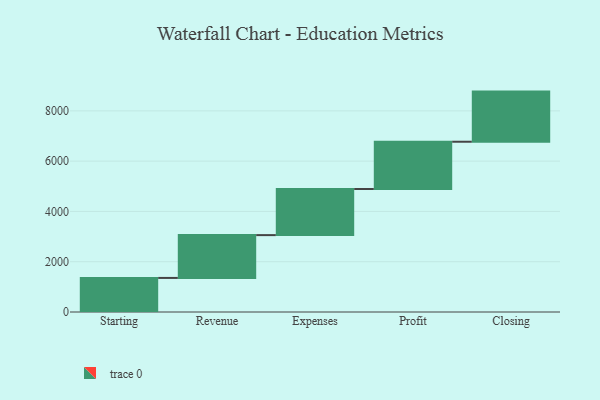
{"axis": {"x": "Step", "y": "Value"}, "legend": [""], "data": [{"x": "Starting", "y": 1355.0, "type": ""}, {"x": "Revenue", "y": 1703.0, "type": ""}, {"x": "Expenses", "y": 1834.0, "type": ""}, {"x": "Profit", "y": 1880.0, "type": ""}, {"x": "Closing", "y": 1994.0, "type": ""}]}